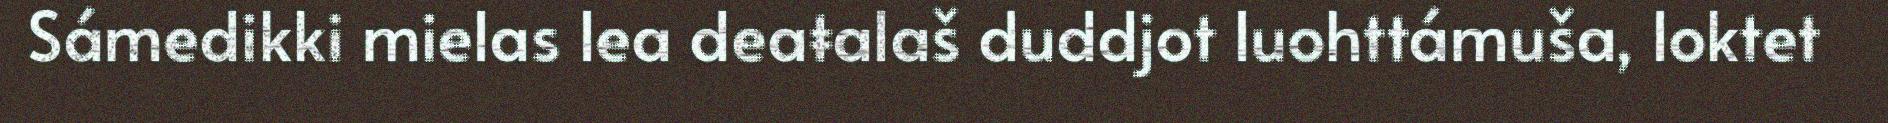
Sámedikki mielas lea deaŧalaš duddjot luohttámuša, loktet